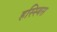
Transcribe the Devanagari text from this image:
हस्स्बिस